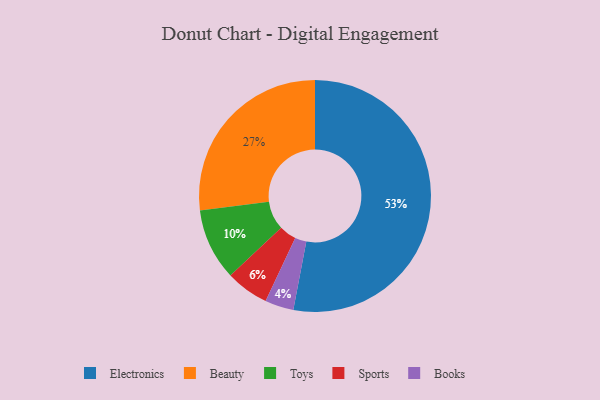
{"axis": {"x": "Category", "y": "Percentage"}, "legend": ["Beauty", "Books", "Electronics", "Sports", "Toys"], "data": [{"x": "Electronics", "y": 53, "type": "Electronics"}, {"x": "Toys", "y": 10, "type": "Toys"}, {"x": "Books", "y": 4, "type": "Books"}, {"x": "Beauty", "y": 27, "type": "Beauty"}, {"x": "Sports", "y": 6, "type": "Sports"}]}